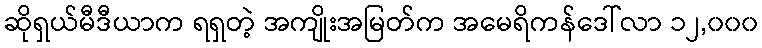
ဆိုရှယ်မီဒီယာက ရရှတဲ့ အကျိုးအမြတ်က အမေရိကန်ဒေါ်လာ ၁၂,၀၀၀